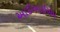
આઈઆઈએમ